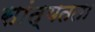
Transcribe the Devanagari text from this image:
सांत्यतता